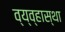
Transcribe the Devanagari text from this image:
व्य्व्हास्था